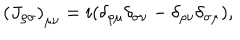
LaTeX: \left( { J _ { \rho \sigma } } \right) _ { \mu \nu } = i ( \delta _ { \rho \mu } \delta _ { \sigma \nu } - \delta _ { \rho \nu } \delta _ { \sigma \mu } ) ,